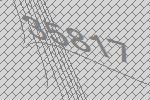
35817